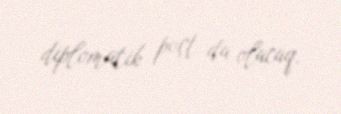
diplomatik poçt da olacaq.